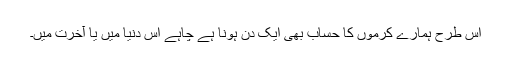
اس طرح ہمارے کرموں کا حساب بھی ایک دن ہونا ہے چاہے اس دنیا میں یا آخرت میں۔